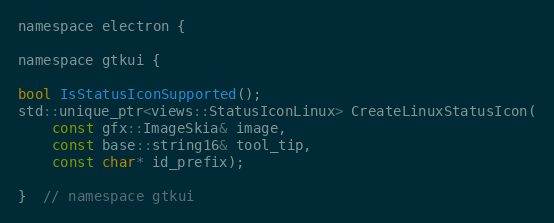
Language: C
namespace electron {

namespace gtkui {

bool IsStatusIconSupported();
std::unique_ptr<views::StatusIconLinux> CreateLinuxStatusIcon(
    const gfx::ImageSkia& image,
    const base::string16& tool_tip,
    const char* id_prefix);

}  // namespace gtkui